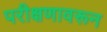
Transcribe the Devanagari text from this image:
परीक्षणावरून